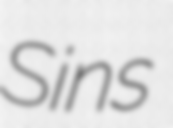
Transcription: Sins